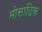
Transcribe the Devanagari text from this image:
मोसादिक